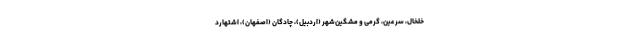
خلخال، سرعین، گرمی و مشگین‌شهر (اردبیل)، چادگان (اصفهان)، اشتهارد